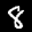
Label: 8